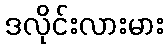
ဒလိုင်းလားမား